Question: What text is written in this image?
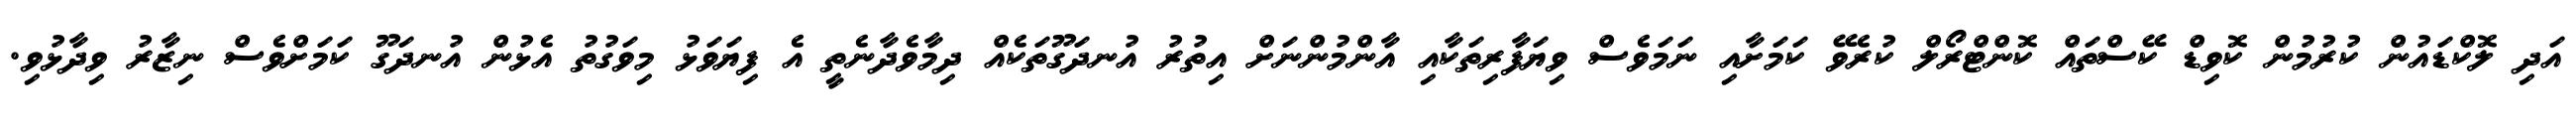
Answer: އަދި ލޮކްޑައުން ކުރުމުން ކޮވިޑް ކޭސްތައް ކޮންޓްރޯލް ކުރެވޭ ކަމަށާއި ނަމަވެސް ވިޔަފާރިތަކާއި އާންމުންނަށް އިތުރު އުނދަގޫތަކެއް ދިމާވެދާނެތީ އެ ފިޔަވަޅު މިވަގުތު އެޅުން އުނދަގޫ ކަމަށްވެސް ނިޒާރު ވިދާޅުވި.